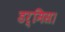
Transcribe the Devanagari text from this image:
डर्मिस।